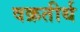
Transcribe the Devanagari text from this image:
वक्रतीर्थ